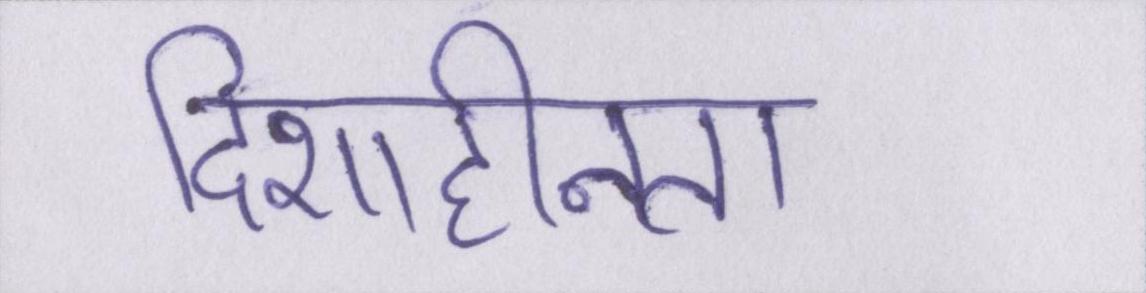
दिशाहीनता